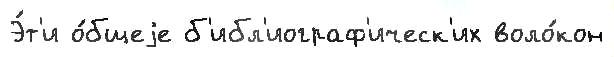
Э́т'и о́бщеjе б'ибл'иограф'ическ'их воло́кон